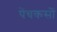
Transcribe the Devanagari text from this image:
पेंचकसों